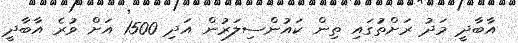
އާބާދީ މަދު ރަށްތަުގައި ތިން ކައުންސިލަރުން އަދި 1500 އަށް ވުރެ އާބާދީ